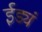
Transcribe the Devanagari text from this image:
ईड्यं